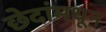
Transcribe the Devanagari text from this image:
छेदांमधून